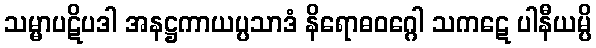
သမ္မာပဋိပဒါ အနဋ္ဌကာယပ္ပသာဒံ နိရောဓဝဂ္ဂေါ သကဋေ ပါနီယမ္ပိ